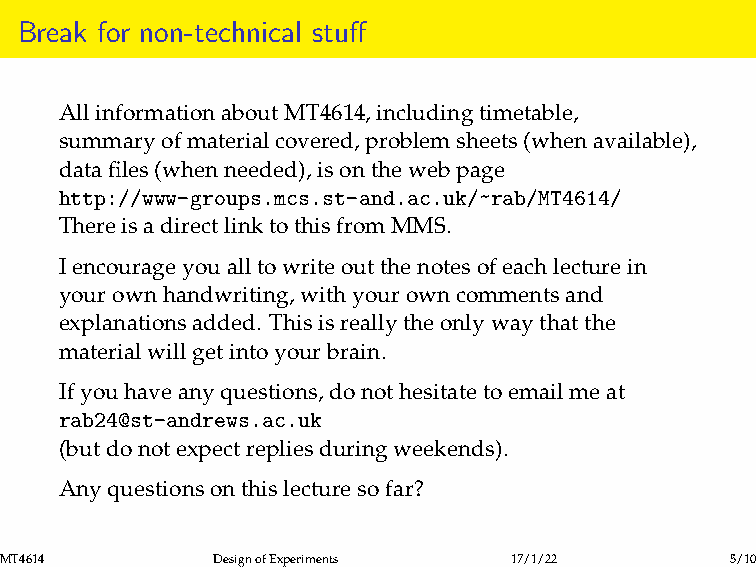
Break for non-technical stuff
 AllinformationaboutMT4614,includingtimetable,
 summaryofmaterialcovered,problemsheets(whenavailable),
 datafiles(whenneeded),isonthewebpage
 http://www-groups.mcs.st-and.ac.uk/~rab/MT4614/
 ThereisadirectlinktothisfromMMS.
 Iencourageyoualltowriteoutthenotesofeachlecturein
 yourownhandwriting,withyourowncommentsand
 explanationsadded. Thisisreallytheonlywaythatthe
 materialwillgetintoyourbrain.
 Ifyouhaveanyquestions,donothesitatetoemailmeat
 rab24@st-andrews.ac.uk
 (butdonotexpectrepliesduringweekends).
 Anyquestionsonthislecturesofar?
 MT4614        DesignofExperiments 17/1/22       5/10